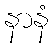
နာနံ